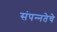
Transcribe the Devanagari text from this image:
संपन्‍नतेचे